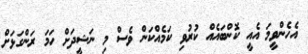
އެހެންވީމަ އެއީ ކޮންބައެއް ކުރުވި ކަމެއްކަން ވެސް މި ނަޝީދަށް ހަމަ ރަންގަޅަށް